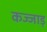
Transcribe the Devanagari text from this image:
कज्जाड़